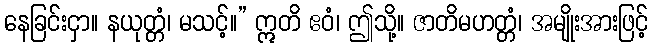
နေခြင်းငှာ။ နယုတ္တံ၊ မသင့်။” ဣတိ ဧဝံ၊ ဤသို့။ ဇာတိမဟတ္တံ၊ အမျိုးအားဖြင့်